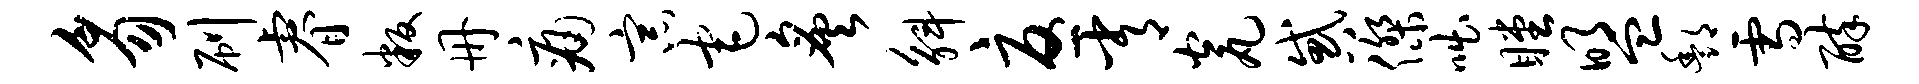
豸刷睿叛册痛宗宅炙斛忧常瓮惑杰咄瞠盟酆雪醉